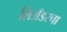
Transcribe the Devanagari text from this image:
लिअँडरचा